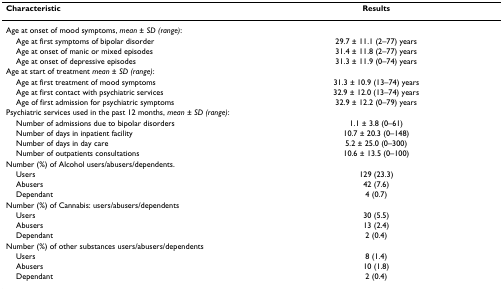
<table><thead><tr><td><b>Characteristic</b></td><td><b>Results</b></td></tr></thead><tbody><tr><td>Age at onset of mood symptoms, <i>mean </i>± <i>SD (range)</i>:</td><td></td></tr><tr><td> Age at first symptoms of bipolar disorder</td><td>29.7 ± 11.1 (2–77) years</td></tr><tr><td> Age at onset of manic or mixed episodes</td><td>31.4 ± 11.8 (2–77) years</td></tr><tr><td> Age at onset of depressive episodes</td><td>31.3 ± 11.9 (0–74) years</td></tr><tr><td>Age at start of treatment <i>mean </i>± <i>SD (range)</i>:</td><td></td></tr><tr><td> Age at first treatment of mood symptoms</td><td>31.3 ± 10.9 (13–74) years</td></tr><tr><td> Age at first contact with psychiatric services</td><td>32.9 ± 12.0 (13–74) years</td></tr><tr><td> Age of first admission for psychiatric symptoms</td><td>32.9 ± 12.2 (0–79) years</td></tr><tr><td>Psychiatric services used in the past 12 months, <i>mean </i>± <i>SD (range)</i>:</td><td></td></tr><tr><td> Number of admissions due to bipolar disorders</td><td>1.1 ± 3.8 (0–61)</td></tr><tr><td> Number of days in inpatient facility</td><td>10.7 ± 20.3 (0–148)</td></tr><tr><td> Number of days in day care</td><td>5.2 ± 25.0 (0–300)</td></tr><tr><td> Number of outpatients consultations</td><td>10.6 ± 13.5 (0–100)</td></tr><tr><td>Number (%) of Alcohol users/abusers/dependents.</td><td></td></tr><tr><td> Users</td><td>129 (23.3)</td></tr><tr><td> Abusers</td><td>42 (7.6)</td></tr><tr><td> Dependant</td><td>4 (0.7)</td></tr><tr><td>Number (%) of Cannabis: users/abusers/dependents</td><td></td></tr><tr><td> Users</td><td>30 (5.5)</td></tr><tr><td> Abusers</td><td>13 (2.4)</td></tr><tr><td> Dependant</td><td>2 (0.4)</td></tr><tr><td>Number (%) of other substances users/abusers/dependents</td><td></td></tr><tr><td> Users</td><td>8 (1.4)</td></tr><tr><td> Abusers</td><td>10 (1.8)</td></tr><tr><td> Dependant</td><td>2 (0.4)</td></tr></tbody></table>